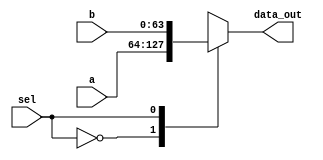
module Mux
(
	input [63:0] a, b,
	input sel,
	output reg [63:0] data_out
);

always @(a or b or sel)	
case (sel)
	0: data_out=a;
	1: data_out=b;
endcase

endmodule